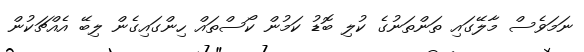
ނަމަވެސް މާލޭގައި ތަންތަނުގެ ކުލި ބޮޑު ކަމުން ކޯސްތައް ހިންގައިގެން ލިބޭ އެއްޗަކުން